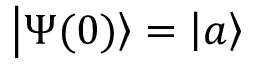
\left| \Psi ( 0 ) \right\rangle = \left| a \right\rangle